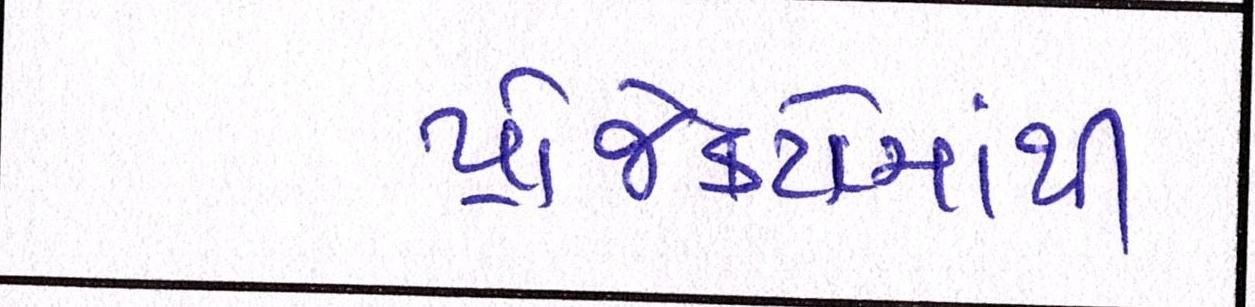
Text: પ્રોજેક્ટોમાંથી